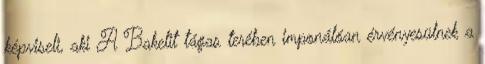
képviseli, aki A Bakelit tágas terében imponálóan érvényesülnek a